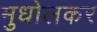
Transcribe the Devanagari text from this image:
मुधोलकर